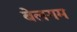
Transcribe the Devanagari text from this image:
बेलगम